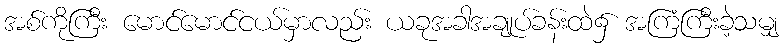
အစ်ကိုကြီး မောင်မောင်ငယ်မှာလည်း ယခုအခါအချုပ်ခန်းထဲ၌ အကြံကြီးခဲ့သမျှ